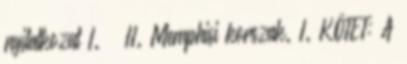
nyilatkozat I. II. Memphisi korszak. I. KÖTET: A